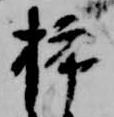
挿